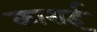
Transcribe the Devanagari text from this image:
काराई